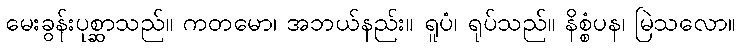
မေးခွန်းပုစ္ဆာသည်။ ကတမော၊ အဘယ်နည်း။ ရူပံ၊ ရုပ်သည်။ နိစ္စံပန၊ မြဲသလော။